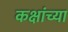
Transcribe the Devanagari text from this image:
कक्षांच्या